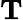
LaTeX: \mathbf{T}